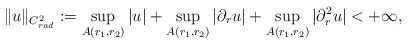
\begin{align*}\| u \|_{C^{2}_{rad}} := \sup_{A(r_{1},r_{2})} |u | + \sup_{A(r_{1},r_{2})} |\partial_{r}u| + \sup_{A(r_{1},r_{2})} |\partial^{2}_{r}u| < +\infty,\end{align*}